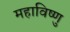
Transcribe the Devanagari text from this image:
महाविष्‍णु